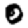
Digit: 0